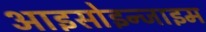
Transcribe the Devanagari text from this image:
आइसोइन्जाइम